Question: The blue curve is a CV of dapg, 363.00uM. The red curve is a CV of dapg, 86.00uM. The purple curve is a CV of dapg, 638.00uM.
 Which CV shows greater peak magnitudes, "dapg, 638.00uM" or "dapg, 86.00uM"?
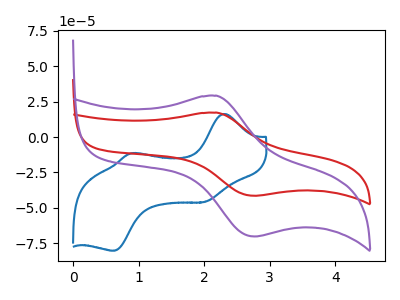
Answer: <think>The blue curve "dapg, 363.00uM" has anodic peaks at (2.30V, 16.25uA) (0.90V, -11.60uA) and cathodic peaks at (2.00V, -45.75uA) (0.60V, -80.30uA). The red curve "dapg, 86.00uM" has an anodic peak at (2.20V, 17.20uA) and a cathodic peak at (2.75V, -41.50uA). The purple curve "dapg, 638.00uM" has an anodic peak at (2.20V, 29.15uA) and a cathodic peak at (2.75V, -70.20uA).</think>
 <answer>Every peak in "dapg, 638.00uM" is higher than every peak in "dapg, 86.00uM".</answer>
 <eval>higher</eval>